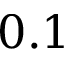
0 . 1